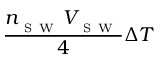
\frac { n _ { _ { \mathrm { ~ S ~ W ~ } } } V _ { _ { \mathrm { ~ S ~ W ~ } } } } { 4 } \Delta T